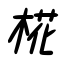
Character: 椛